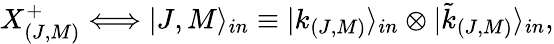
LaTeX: X_{(J,M)}^{+}\Longleftrightarrow|J,M\rangle_{in}\equiv|k_{(J,M)}\rangle_{in}\otimes|\tilde{k}_{(J,M)}\rangle_{in},